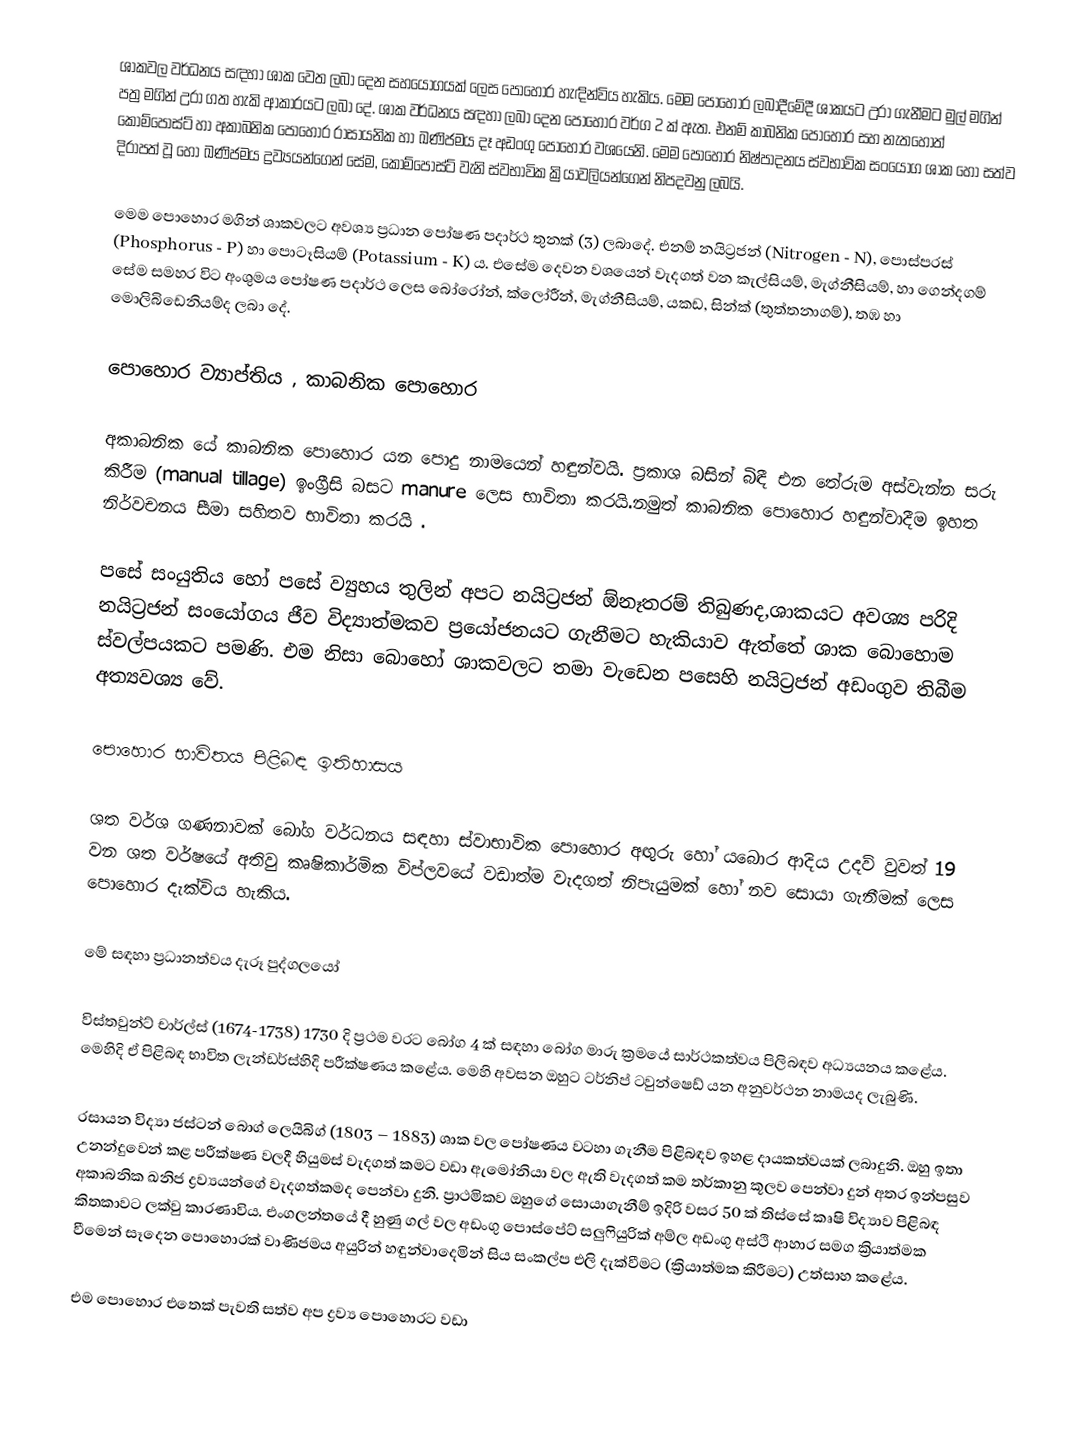
ශාකවල වර්ධනය සඳහා ශාක වෙත ලබා දෙන සහයෝගයක් ලෙස පොහොර හැඳින්විය හැකිය. මෙම පොහොර ලබාදීමේදී ශාකයට උරා ගැනීමට මුල් මගින් පත්‍ර මගින් උරා ගත හැකි ආකාරයට ලබා දේ. ශාක වර්ධනය සඳහා ලබා දෙන පොහොර වර්ග 2 ක් ඇත. එනම් කාබනික පොහොර සහ නැතහොත් කොම්පෝස්ට් හා අකාබනික පොහොර රාසායනික හා ඛණිජමය දෑ අඩංගු පොහොර වශයෙනි. මෙම පොහොර නිෂ්පාදනය ස්වභාවික සංයෝග ශාක හෝ සත්ව දිරාපත් වූ හෝ ඛණිජමය ද්‍රව්‍යයන්ගෙන් සේම, කොම්පෝස්ට් වැනි ස්වභාවික ක්‍රියාවලියන්ගෙන් නිපදවනු ලබයි.

මෙම පොහොර මගින් ශාකවලට අවශ්‍ය ප්‍රධාන පෝෂණ පදාර්ථ තුනක් (3) ලබාදේ. එනම් නයිට්‍රජන් (Nitrogen - N),  පොස්පරස් (Phosphorus - P) හා පොටෑසියම් (Potassium - K) ය. එසේම දෙවන වශයෙන් වැදගත් වන කැල්සියම්, මැග්නීසියම්, හා ගෙන්දගම් සේම සමහර විට අංශුමය පෝෂණ පදාර්ථ ලෙස බෝරෝන්, ක්ලෝරීන්, මැග්නීසියම්, යකඩ, සින්ක් (තුත්තනාගම්), තඹ හා මොලිබිඩෙනියම්ද ලබා දේ.

පොහොර ව්‍යාප්තිය , කාබනික පොහොර

අකාබනික යේ කාබනික පොහොර යන පොදු නාමයෙන් හඳුන්වයි. ප්‍රකාශ බසින් බිඳී එන තේරුම අස්වැන්න සරු කිරීම (manual tillage) ඉංග්‍රීසි බසට manure ලෙස භාවිතා කරයි.නමුත් කාබනික පොහොර හඳුන්වාදීම ඉහත නිර්වචනය සීමා සහිතව භාවිතා කරයි .

පසේ සංයුතිය හෝ පසේ ව්‍යුහය තුලින් අපට නයිට්‍රජන් ඕනෑතරම් තිබුණද,ශාකයට අවශ්‍ය පරිදි නයිට්‍රජන් සංයෝගය ජීව විද්‍යාත්මකව ප්‍රයෝජනයට ගැනීමට හැකියාව ඇත්තේ ශාක බොහොම ස්වල්පයකට පමණි. එම නිසා බොහෝ ශාකවලට තමා වැඩෙන පසෙහි නයිට්‍රජන් අඩංගුව තිබීම අත්‍යවශ්‍ය වේ.

පොහොර භාවිතය පිළිබඳ ඉතිහාසය

ශත වර්ශ ගණනාවක් බෝග වර්ධනය සඳහා ස්වාභාවික පොහොර අඟුරු හෝ යබොර ආදිය උදව් වුවත් 19 වන ශත වර්ෂයේ අතිවු කෘෂිකාර්මික විප්ලවයේ වඩාත්ම වැදගත් නිපැයුමක් හෝ නව සොයා ගැනීමක් ලෙස පොහොර දැක්විය හැකිය.

මේ සඳහා ප්‍රධානත්වය දැරූ පුද්ගලයෝ

විස්තවුන්ට් චාර්ල්ස් (1674-1738) 1730 දි ප්‍රථම වරට බෝග 4 ක් සඳහා බෝග මාරු ක්‍රමයේ සාර්ථකත්වය පිලිබඳව අධ්‍යයනය කළේය. මෙහිදි ඒ පිළිබඳ භාවිත ලැන්ඩර්ස්හිදි පරීක්ෂණය කළේය. මෙහි අවසන ඔහුට ටර්නිප් ටවුන්ෂෙඩ් යන අනුවර්ථන නාමයද ලැබුණි.

රසායන විද්‍යා ජස්ටන් බොග් ලෙයිබිග් (1803 – 1883) ශාක වල පෝෂණය වටහා ගැනීම පිළිබඳව ඉහළ දායකත්වයක් ලබාදුනි. ඔහු ඉතා උනන්දුවෙන් කළ පරීක්ෂණ වලදී හියුමස් වැදගත් කමට වඩා ඇමෝනියා වල ඇති වැදගත් කම තර්කානු කූලව පෙන්වා දුන් අතර ඉන්පසුව අකාබනික ඛනිජ ද්‍රව්‍යයන්ගේ වැදගත්කමද පෙන්වා දුනි. ප්‍රාථමිකව ඔහුගේ සොයාගැනීම් ඉදිරි වසර 50 ක් තිස්සේ කෘෂි විද්‍යාව පිළිබඳ කිතකාවට ලක්වු කාරණාවිය. එංගලන්තයේ දී හුණු ගල් වල අඩංගු පොස්පේට් සලුෆියුරික් අම්ල අඩංගු අස්ථි ආහාර සමග ක්‍රියාත්මක වීමෙන් සෑදෙන පොහොරක් වාණිජමය අයුරින් හඳුන්වාදෙමින් සිය සංකල්ප එලි දැක්වීමට (ක්‍රියාත්මක කිරීමට) උත්සාහ කළේය.

එම පොහොර එතෙක් පැවති සත්ව අප ද්‍රව්‍ය පොහොරට වඩා